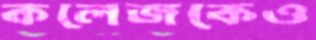
কলেজকেও